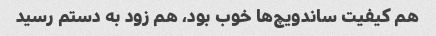
هم کیفیت ساندویچ‌ها خوب بود، هم زود به دستم رسید